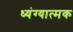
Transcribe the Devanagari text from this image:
ध्यंग्यात्मक